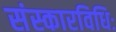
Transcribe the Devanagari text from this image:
संस्कारविधिः